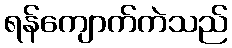
ရန်ကျောက်ကဲသည်